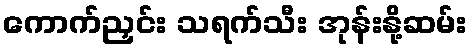
ကောက်ညှင်း သရက်သီး အုန်းနို့ဆမ်း